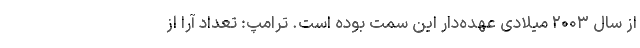
از سال ۲۰۰۳ میلادی عهده‌دار این سمت بوده است. ترامپ: تعداد آرا از